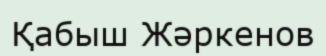
Қабыш Жәркенов